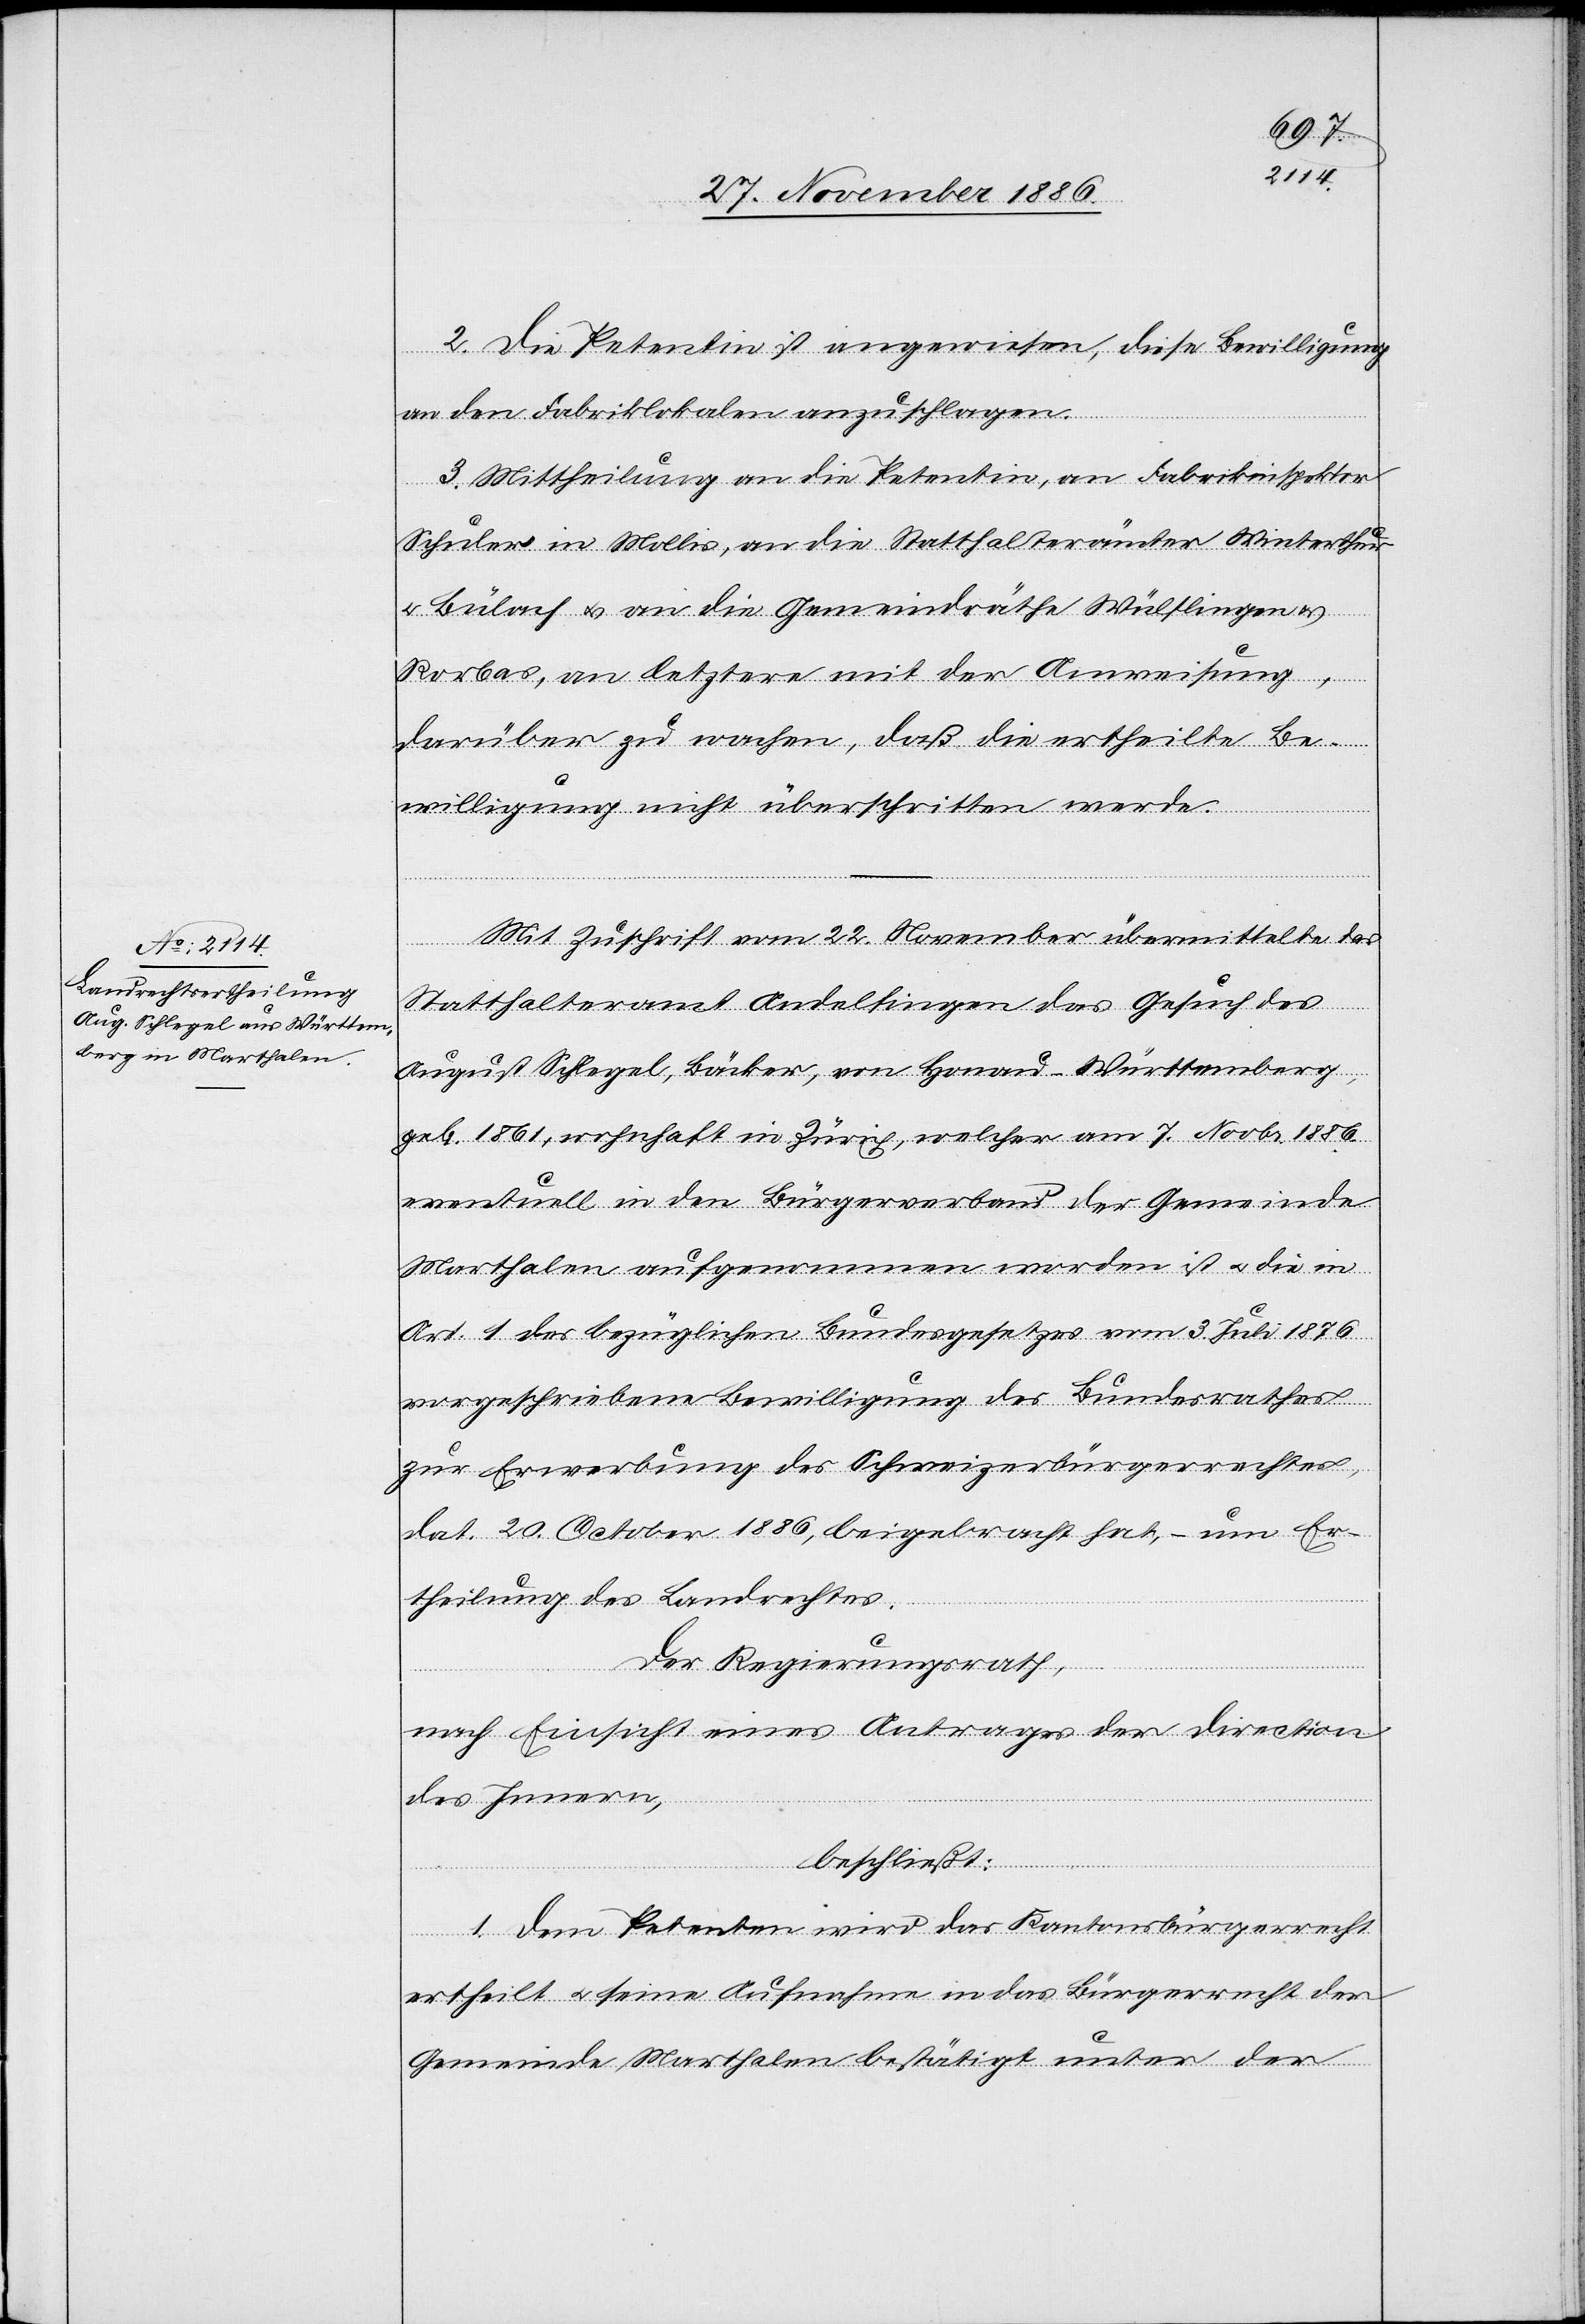
2. Die Petentin ist angewiesen, diese Bewilligung
an den Fabriklokalen anzuschlagen.
3. Mittheilung an die Petentin, an Fabrikinspektor
Schuler in Mollis, an die Statthalterämter Winterthur
Bülach & an die Gemeindräthe Wülflingen &
Rorbas, an letztere mit der Anweisung,
darüber zu wachen, daß die ertheilte Be¬
willigung nicht überschritten werde.
Mit Zuschrift vom 22. November übermittelte das
Statthalteramt Andelfingen das Gesuch des
August Schlegel, Bäcker, von Honau - Württemberg,
geb. 1861, wohnhaft in Zürich, welcher am 7. Novbr. 1886
eventuell in den Bürgerverband der Gemeinde
Marthalen aufgenommen worden ist & die in
Art. 1 des bezüglichen Bundesgesetzes vom 3. Juli 1876
vorgeschriebene Bewilligung des Bundesrathes
zur Erwerbung des Schweizerbürgerrechtes,
dat. 20. October 1886, beigebracht hat, – um Er¬
theilung des Landrechtes.
Der Regierungsrath,
nach Einsicht eines Antrages der Direction
des Innern,
beschließt:
1. Dem Petenten wird das Kantonsbürgerrecht
ertheilt & seine Aufnahme in das Bürgerrecht der
Gemeinde Marthalen bestätigt unter der